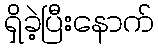
ရှိခဲ့ပြီးနောက်